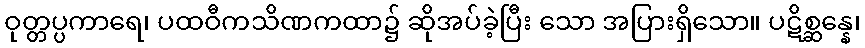
ဝုတ္တပ္ပကာရေ၊ ပထဝီကသိဏကထာ၌ ဆိုအပ်ခဲ့ပြီး သော အပြားရှိသော။ ပဋိစ္ဆန္နေ၊